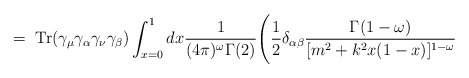
\begin{align*}= \;\mbox{Tr}(\gamma_\mu \gamma_\alpha \gamma_\nu \gamma_\beta)\int_{x=0}^1 dx\frac{1}{(4\pi)^\omega \Gamma(2)} \Bigg( \frac{1}{2} \delta_{\alpha \beta}\frac{\Gamma(1-\omega)}{[m^2 +k^2x(1-x)]^{1-\omega}}\end{align*}